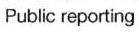
Public reporting